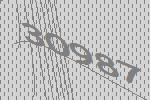
30987